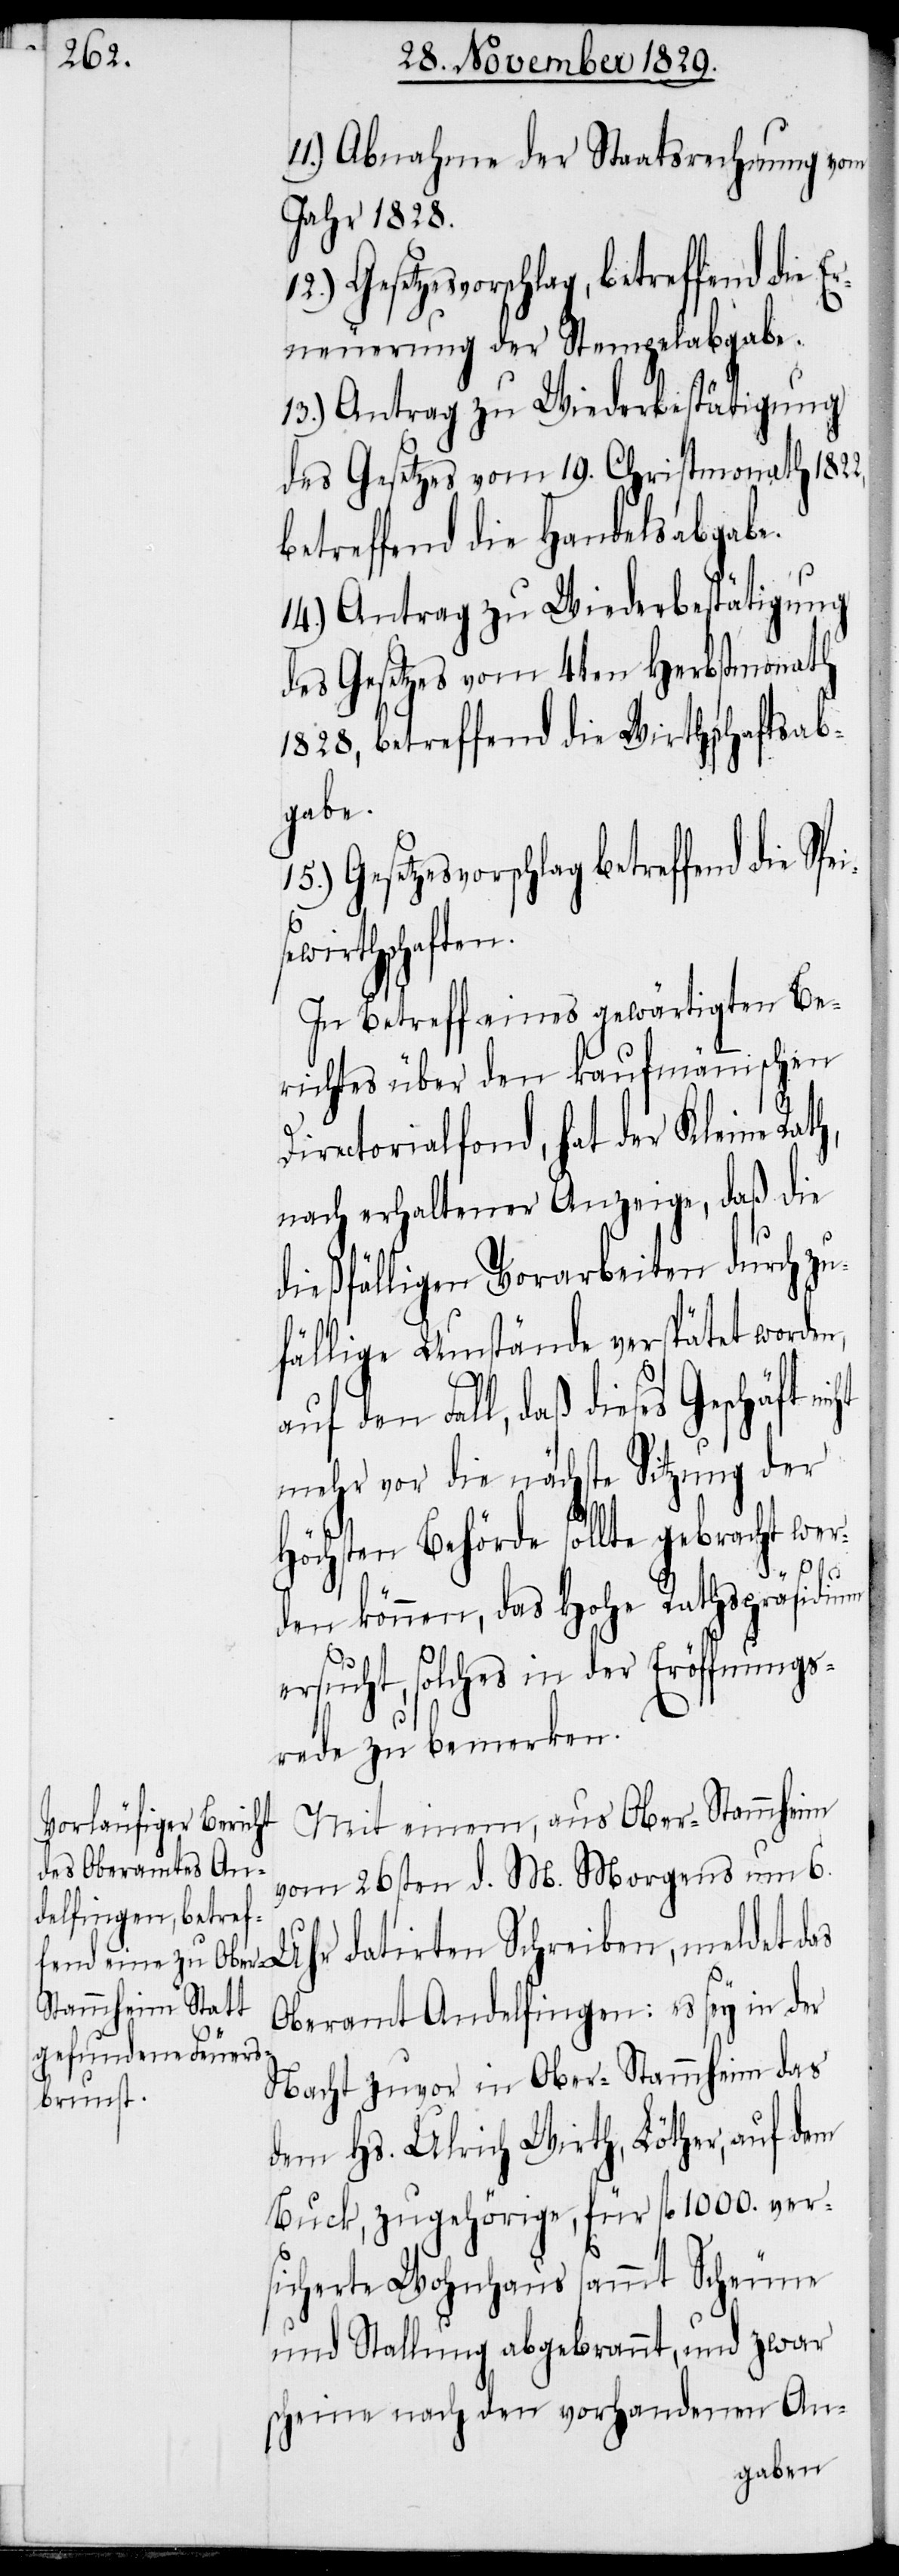
11.) Abnahme der Staatsrechnung vom
Jahr 1828.
Gesetzesvorschlag betreffend die S¬
rneuerung der Stempelabgabe.
13.) Antrag zu Wiederbestätigung
des Gesetzes vom 19. Christmonath
betreffend die Handelsabgabe.
14.) Antrag zu Wiederbestätigung
des Gesetzes vom 4ten Herbstmonath
1828, betreffend die Wirthschaftsab¬
gabe.
Uhr datirten Schreiben, meldet
ewirthschaften.
In Betreff eines gewärtigen Be¬
richtes über den kaufmännischen
Directorialfond, hat der Kleine
nach erhaltener Anzeige, daß die
dießfälligen Vorarbeiten durch zu¬
fällige Umstände verspätet worden,
Fall, daß dieses Geschäft
mehr vor die nächste Sitzung der
höchsten Behörde sollte gebracht wer¬
peis¬
den können, das Hohe Rathspräsidium
ersucht, solches in der Eröffnungs¬
rede zu bemerken.
Mit einem, aus Ober-Stammheim
vom 26sten d. M. Morgens um 6.
Oberamt Andelfingen: es sey in der
Nacht zuvor in Ober-Stammheim das
dem Hs. Ulrich Wirth, Löther, auf dem
Buck, zugehörige, für fl. 1000. ver¬
sicherte Wohnhaus sammt Scheune
und Stallung abgebrannt, und zwar
scheine nach den vorhandenen An-